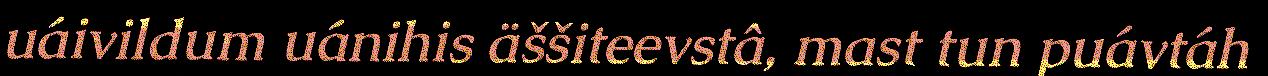
uáivildum uánihis äššiteevstâ, mast tun puávtáh